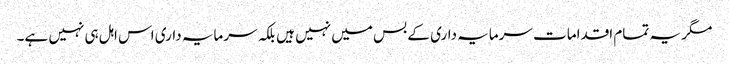
مگر یہ تمام اقدامات سرمایہ داری کے بس میں نہیں ہیں بلکہ سرمایہ داری اس اہل ہی نہیں ہے۔